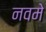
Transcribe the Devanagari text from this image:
नवमे